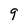
Character: 9